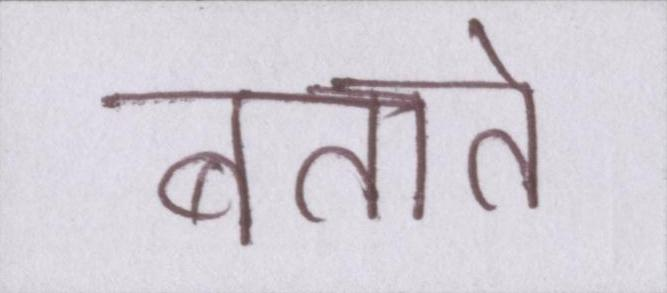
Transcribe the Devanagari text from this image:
बताते